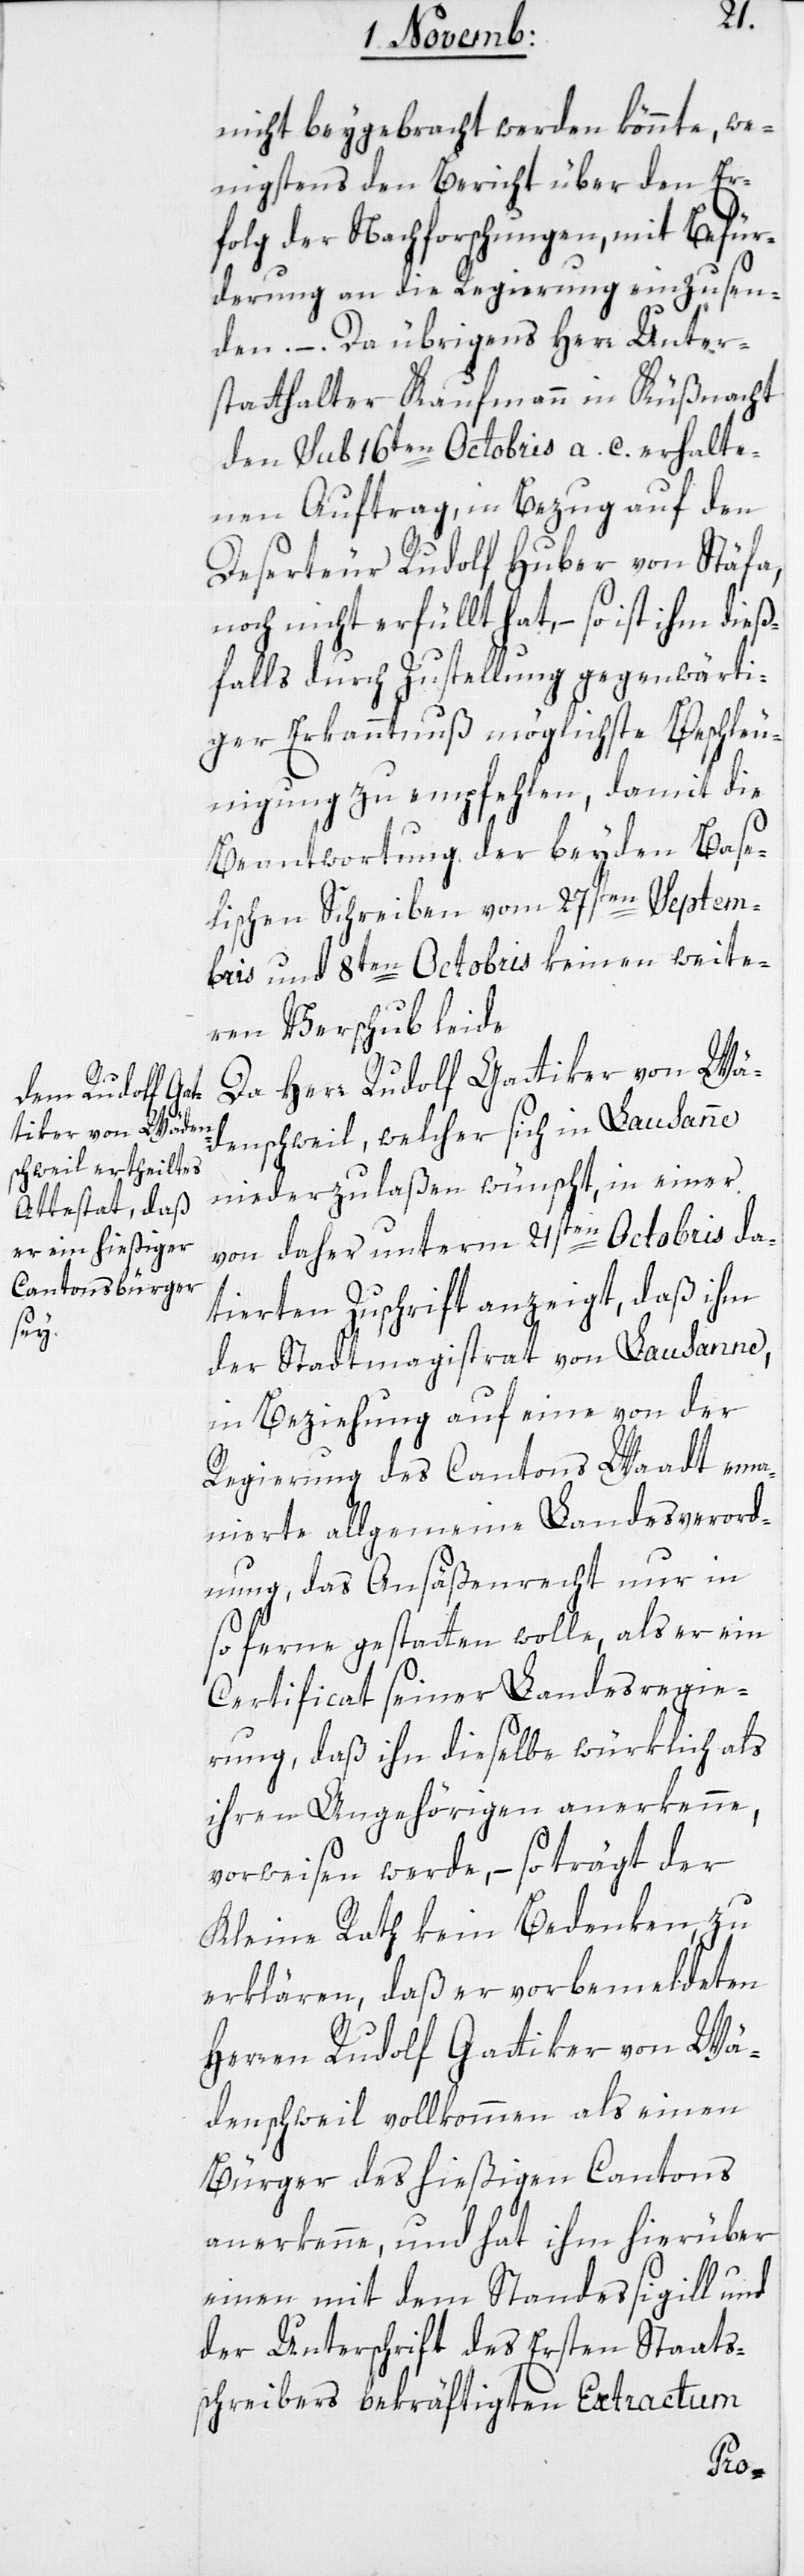
nicht beygebracht werden könnte, we¬
nigstens den Bericht über den Er¬
folg der Nachforschungen, mit Befür¬
derung an die Regierung einzusen¬
den. – Da übrigens Herr Unter¬
statthalter Kaufmann in Küßnacht
den sub 16ten Octobris a. c. erhalte¬
nen Auftrag, in Bezug auf den
Deserteur Rudolf Huber von Stäfa,
noch nicht erfüllt hat, – so ist ihm dieß¬
falls durch Zustellung gegenwärti¬
ger Erkanntnuß möglichste Beschleu¬
nigung zu empfehlen, damit die
Beantwortung der beyden Base¬
lischen Schreiben vom 27sten Septem¬
bris und 8ten Octobris keinen weite¬
ren Verschub leide.
Da Herr Rudolf Gattiker von Wä¬
denschweil, welcher sich in Lausanne
niederzulaßen wünscht, in einer
von daher unterm 21sten Octobris da¬
tierten Zuschrift anzeigt, daß ihm
der Stadtmagistrat von Lausanne,
in Beziehung auf eine von der
Regierung des Cantons Waadt ema¬
nierte allgemeine Landesverord¬
nung, das Ansäßenrecht nur in
so ferne gestatten wolle, als er ein
Certificat seiner Landesregie¬
rung, daß ihn dieselbe würklich als
ihren Angehörigen anerkenne,
vorweisen werde, – so trägt der
Kleine Rath kein Bedenken, zu
erklären, daß er vorbemeldeten
Herren Rudolf Gattiker von Wä¬
denschweil vollkommen als einen
Bürger des hießigen Cantons
anerkenne, und hat ihm hierüber
einen mit dem Standessigill und
der Unterschrift des ersten Staats¬
schreibers bekräftigten Extractum